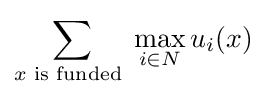
\sum _{x{\text{ is funded }}}\max _{i\in N}u_{i}(x)